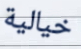
خيالية